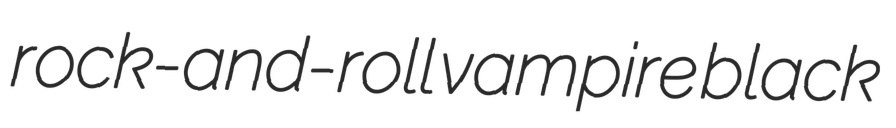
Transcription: rock-and-roll vampire black